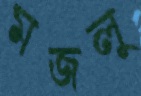
মজলু